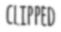
CLIPPED